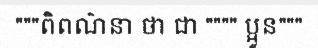
"""ពិពណ៌នា ថា ជា """" ប្អូន"""